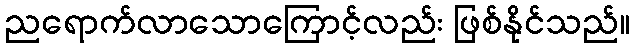
ညရောက်လာသောကြောင့်လည်း ဖြစ်နိုင်သည်။